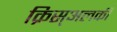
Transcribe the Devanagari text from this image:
क्रिस्अलकी